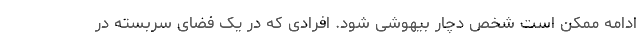
ادامه ممکن است شخص دچار بیهوشی شود. افرادی که در یک فضای سربسته در